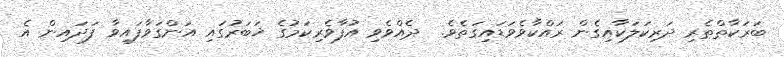
ބަރަކާތްތެރި ދަރިކަލަކާއިގެން ރައްކާވެވަޑައިގަތެވެ.  ދެއްވެވި އުފާވެރިކަމުގެ ޚަބަރުގައި އަންގަވާފައިވާ ފަދައިން އެ